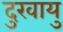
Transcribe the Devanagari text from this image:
दुखायु